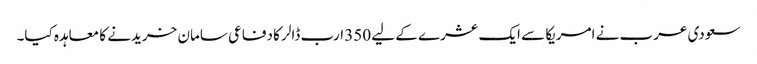
سعودی عرب نے امریکا سے ایک عشرے کے لیے 350 ارب ڈالر کا دفاعی سامان خریدنے کا معاہدہ کیا۔